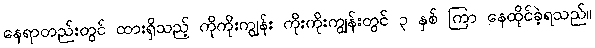
နေရာတည်းတွင် ထားရှိသည့် ကိုကိုးကျွန်း ကိုးကိုးကျွန်းတွင် ၃ နှစ် ကြာ နေထိုင်ခဲ့ရသည်။